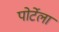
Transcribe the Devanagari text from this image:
पोर्टेला